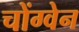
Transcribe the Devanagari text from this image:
चोंग्वेन